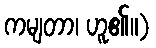
ကမျတာ၊ ဟူ၏။)